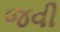
જવી